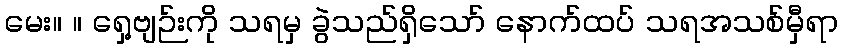
မေး။ ။ ရှေ့ဗျဉ်းကို သရမှ ခွဲသည်ရှိသော် နောက်ထပ် သရအသစ်မှီရာ